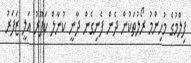
ފިލްމުގެ މުހިންމު ރޯލުތަކުން ދެން ފެނިގެން ދާނީ ކުނާލް ކަޕޫރު އަލީ ޒަފަރު